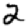
Digit: 2